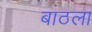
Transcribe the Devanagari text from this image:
बाठला